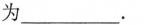
为___。